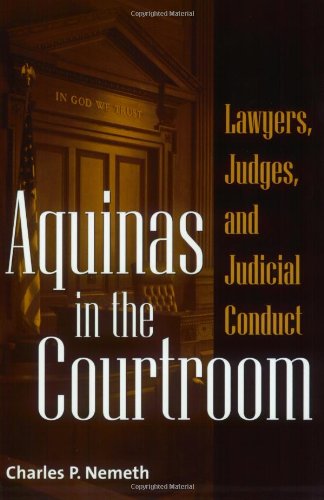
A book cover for Aquinas in the Courtroom: Lawyers, Judges, and Judicial Conduct; Charles Nemeth; Law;